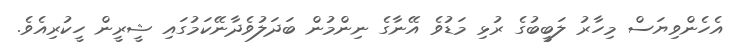
އެހެންވިޔަސް މިހާރު ލަބީބުގެ ރުޅި މަޑުވެ އޭނާގެ ނިންމުން ބަދަލުވެދާނޭކަމުގައި ޝީރީން ހީކުރިއެވެ.